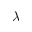
\lambda